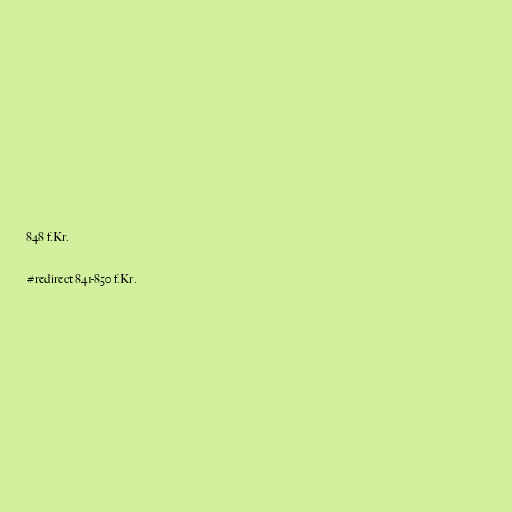
848 f.Kr.

#redirect 841-850 f.Kr.